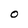
Character: O